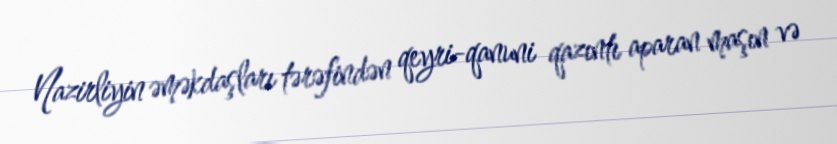
Nazirliyin əməkdaşları tərəfindən qeyri-qanuni qazıntı aparan maşın və